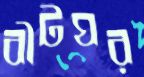
বীটঘর